Source: Handwritten
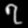
Digit: ၇ (7)